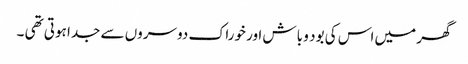
گھر میں اس کی بود و باش اور خوراک دوسروں سے جدا ہوتی تھی ۔